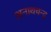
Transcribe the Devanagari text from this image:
अनाथचन्द्र